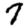
Digit: 7